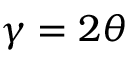
\gamma = 2 \theta